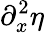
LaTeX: \partial_{x}^{2}\eta